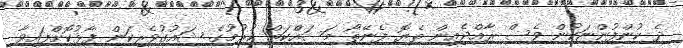
ދެ ކުންފުންޏަކުން ވެސް ރާއްޖެއިން ތެޔޮ ފެނޭތޯ މަސައްކަތް ކުރުމުގެ ޝައުގުވެރިކަން ފާޅުކޮށްފައިވާ